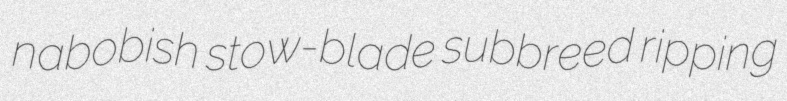
nabobish stow-blade subbreed ripping